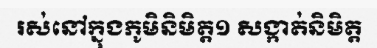
រស់នៅក្នុងភូមិនិមិត្ត១ សង្កាត់និមិត្ត